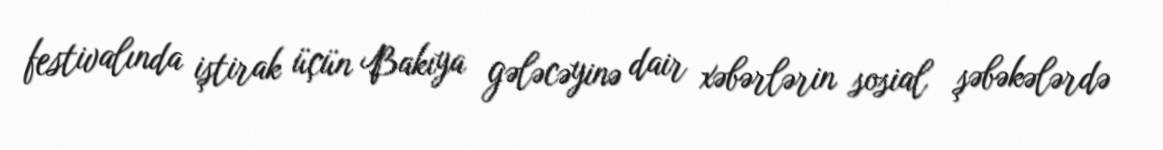
festivalında iştirak üçün Bakıya gələcəyinə dair xəbərlərin sosial şəbəkələrdə